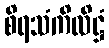
စိရသံကိလိဋ္ဌံ